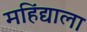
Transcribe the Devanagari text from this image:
महिंद्याला